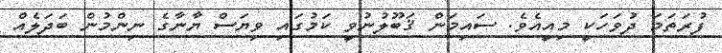
ފުރަތަމަ ދުވަހަކީ މިއީއެވެ. ސައިމަން ޤަބޫލުނުވީ ކަމުގައި ވިޔަސް ޔާނާގެ ނިންމުން ބަދަލެއް